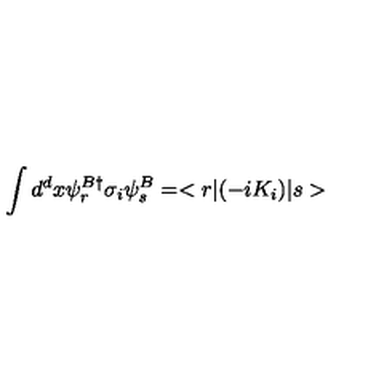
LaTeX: \int d ^ { d } x \psi _ { r } ^ { B \dagger } \sigma _ { i } \psi _ { s } ^ { B } = < r | ( - i K _ { i } ) | s >